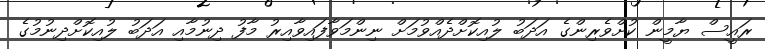
ރައީސް ޔާމީން ކުށްވެރިންގެ އަދަބު ލުއިކޮށްދެއްވުމަށް ނިންމަވާފައިވާއިރު މާފު ދިނުމާއި އަދަބު ލުއިކޮށްދިނުމުގެ